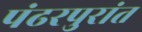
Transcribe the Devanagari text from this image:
पंढरपुरांत